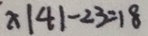
x \vert 4 \vert - 2 3 = 1 8